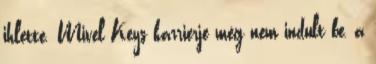
ihlette. Mivel Keys karrierje még nem indult be, a